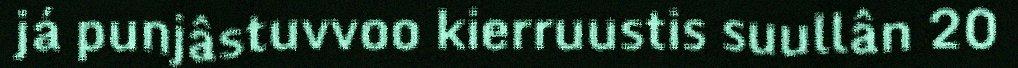
já punjâstuvvoo kierruustis suullân 20